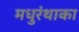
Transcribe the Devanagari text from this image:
मधुरंथाका